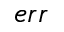
e r r